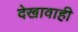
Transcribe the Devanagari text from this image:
देखावाही